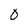
Character: 0